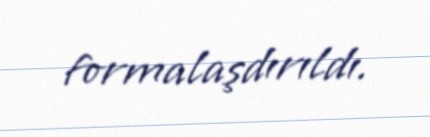
formalaşdırıldı.